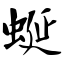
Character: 蜒